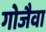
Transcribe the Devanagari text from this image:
गोजैवा